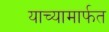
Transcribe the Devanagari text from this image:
याच्यामार्फत